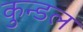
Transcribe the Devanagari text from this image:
कुन्डल